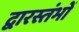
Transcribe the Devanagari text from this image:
द्वारस्तंभों